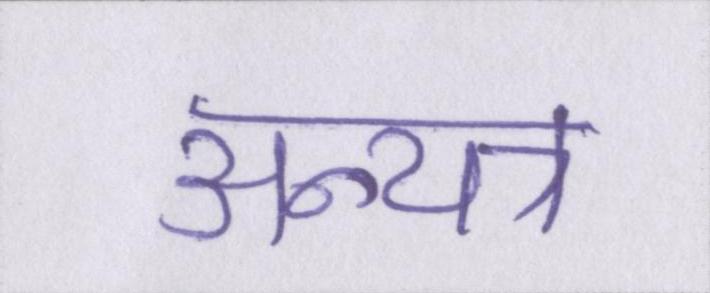
अन्यत्र